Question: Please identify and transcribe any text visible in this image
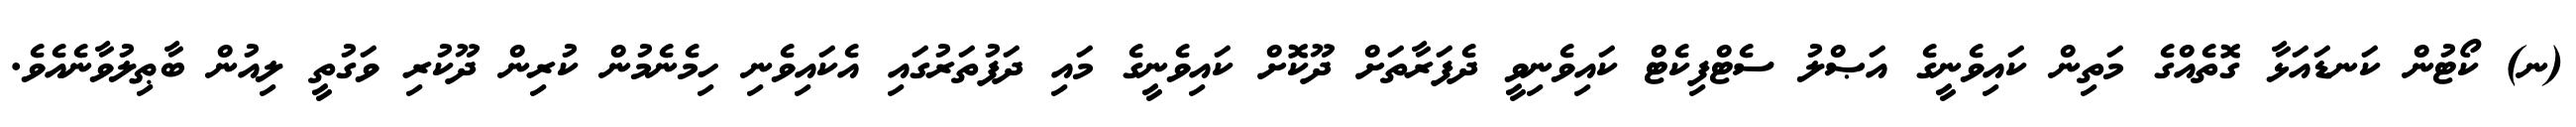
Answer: (ނ) ކޯޓުން ކަނޑައަޅާ ގޮތެއްގެ މަތިން ކައިވެނީގެ އަޞްލު ސެޓްފިކެޓް ކައިވެނިވީ ދެފަރާތަށް ދޫކޮށް ކައިވެނީގެ މައި ދަފުތަރުގައި އެކައިވެނި ހިމެނެމުން ކުރިން ދޫކުރި ވަގުތީ ލިއުން ބާޠިލުވާނެއެވެ.